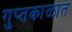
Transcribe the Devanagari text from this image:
गुप्‍तकाळात